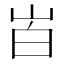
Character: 𰎒